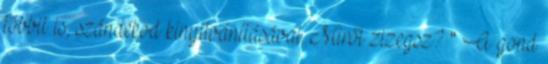
többit is, szándékod kinyilvánításával. Miről zizegsz? " A gond